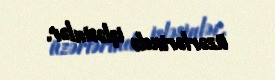
üzərlərində işləsinlər.